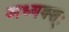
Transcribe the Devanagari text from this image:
अध्यक्श्ः